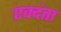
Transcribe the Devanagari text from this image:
एक्दंता